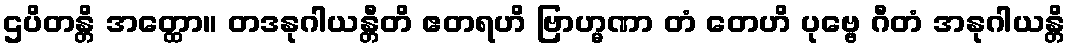
ဌပိတန္တိ အတ္ထော။ တဒနုဂါယန္တီတိ ဧတရဟိ ဗြာဟ္မဏာ တံ တေဟိ ပုဗ္ဗေ ဂီတံ အနုဂါယန္တိ